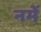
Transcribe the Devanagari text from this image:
नमें